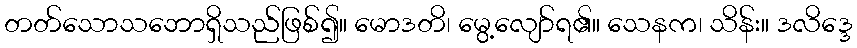
တတ်သောသဘောရှိသည်ဖြစ်၍။ မောဒတိ၊ မွေ့လျော်ရ၏။ သေနက၊ သိန်း။ ဒလိဒ္ဒေ